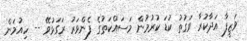
ވަޒީފާ އަދާކުރާ ވަގުތު ކުޑަ ކުރުމުން މަސައްކަތުގެ ފެންވަރު ރަގަޅުވޭ -- ހިއުމަން